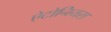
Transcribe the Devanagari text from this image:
ऐटोनियस